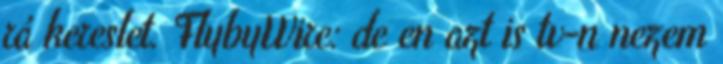
rá kereslet. FlybyWire: de en azt is tv-n nezem